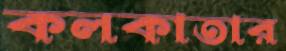
কলকাতার